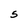
Character: S